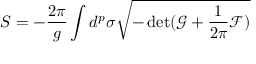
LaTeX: S = - \frac { 2 \pi } { g } \int d ^ { p } \sigma \sqrt { - \operatorname * { d e t } ( \mathcal { G } + \frac { 1 } { 2 \pi } \mathcal { F } ) }